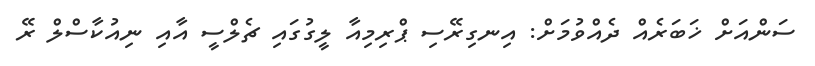
ސަންއަށް ޚަބަރެއް ދެއްވުމަށް: އިނގިރޭސި ޕްރިމިއާ ލީގުގައި ޗެލްސީ އާއި ނިއުކާސްލް ރޭ